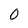
Character: 0